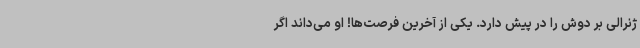
ژنرالی بر دوش را در پیش دارد. یکی از آخرین فرصت‌ها! او می‌داند اگر